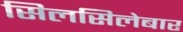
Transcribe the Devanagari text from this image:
सिलसिलेबार